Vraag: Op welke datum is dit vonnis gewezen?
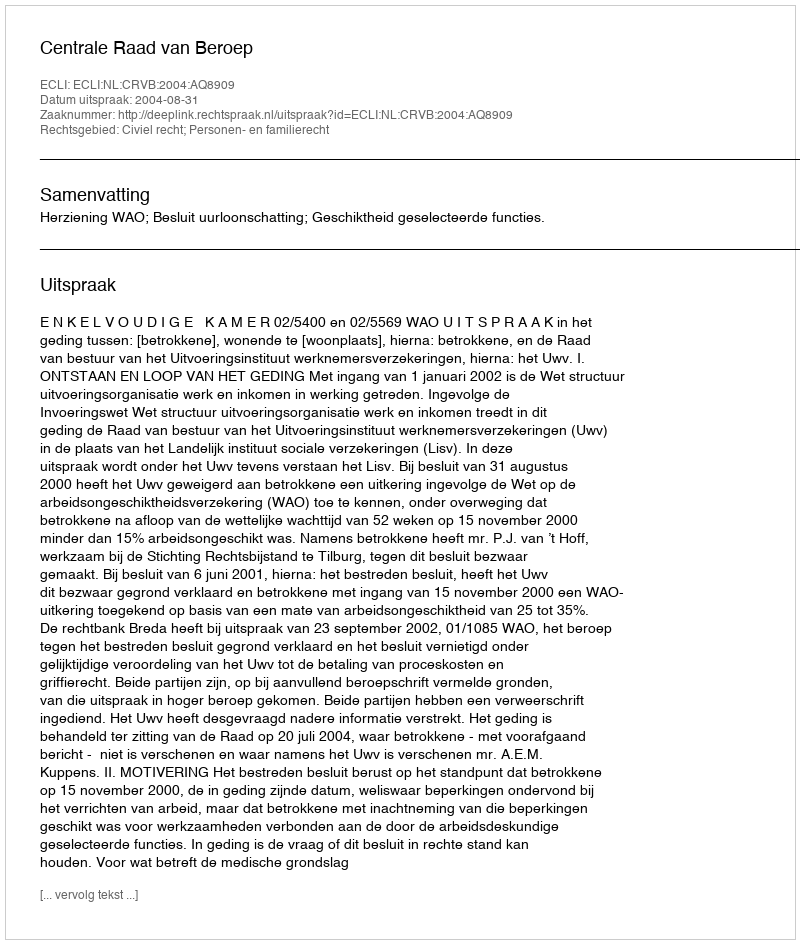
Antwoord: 2004-08-31